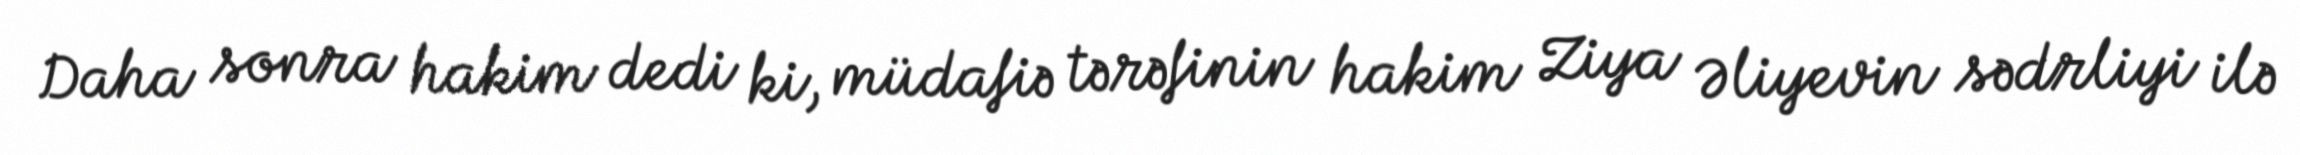
Daha sonra hakim dedi ki, müdafiə tərəfinin hakim Ziya Əliyevin sədrliyi ilə